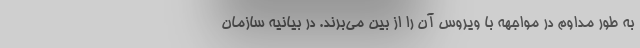
به طور مداوم در مواجهه با ویروس آن را از بین می‌برند. در بیانیه سازمان